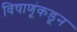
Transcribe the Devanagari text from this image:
विषाणूंकडून